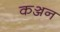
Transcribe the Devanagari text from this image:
कञ्जन